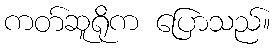
ကတ်ဆူရိုက ပြောသည်။